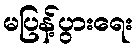
မပြန့်ပွားရေး